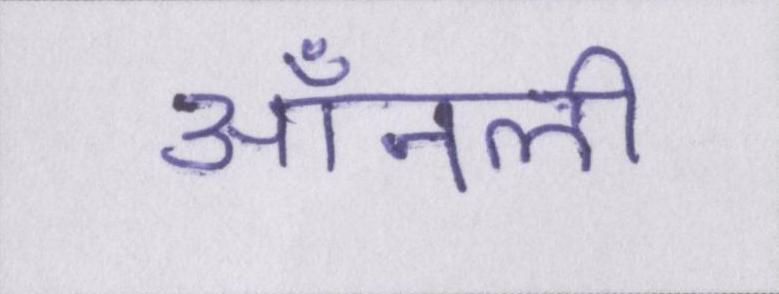
ऑनली